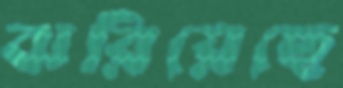
ঝরিয়েছে